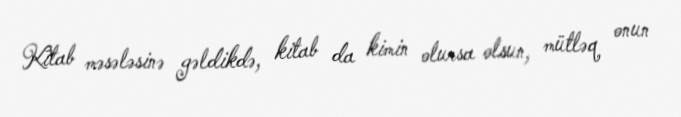
Kitab məsələsinə gəldikdə, kitab da kimin olursa olsun, mütləq onun